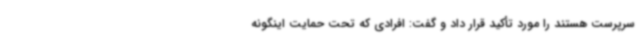
سرپرست هستند را مورد تأکید قرار داد و گفت: افرادی که تحت حمایت اینگونه